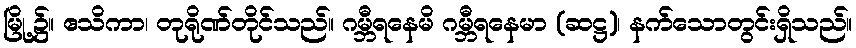
မြို့၌။ ဧသိကာ၊ တုရိုဏ်တိုင်သည်။ ဂမ္ဘီရနေမိ ဂမ္ဘီရနေမာ (ဆဋ္ဌ)၊ နက်သောတွင်းရှိသည်။